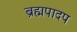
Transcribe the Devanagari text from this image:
ब्रह्मपादप